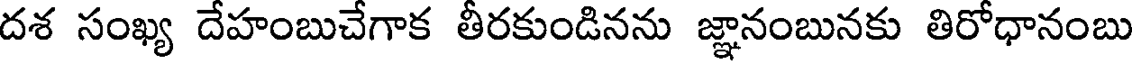
దశ సంఖ్య దేహంబుచేగాక తీరకుండినను జ్ఞానంబునకు తిరోధానంబు